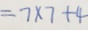
= 7 \times 7 + 4